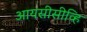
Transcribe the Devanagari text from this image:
आयसीसीव्हि